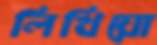
লিখিয়ো